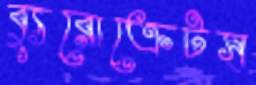
ব্যুরোক্রেটস্